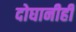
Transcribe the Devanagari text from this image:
दोघानीही